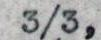
3/3,